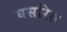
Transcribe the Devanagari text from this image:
घसरित